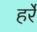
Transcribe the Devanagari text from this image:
हर्रे